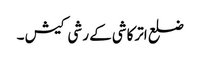
ضلع اترکاشی کے رشی کیش ۔